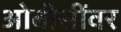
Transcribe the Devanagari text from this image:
ओबीसींवर